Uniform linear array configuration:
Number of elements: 64
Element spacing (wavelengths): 0.5
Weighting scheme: kaiser
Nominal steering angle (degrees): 60
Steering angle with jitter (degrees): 58.869
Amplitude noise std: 0.05
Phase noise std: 0.05

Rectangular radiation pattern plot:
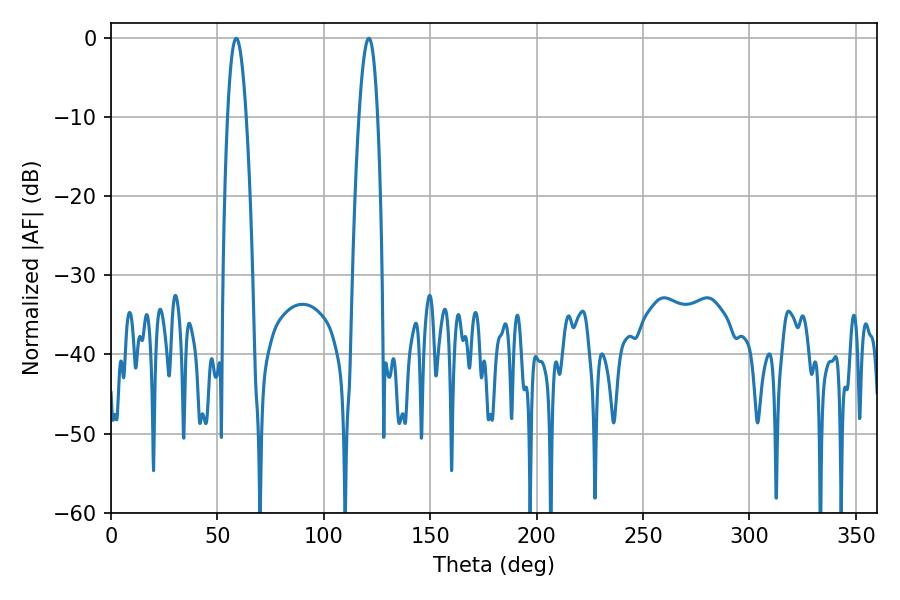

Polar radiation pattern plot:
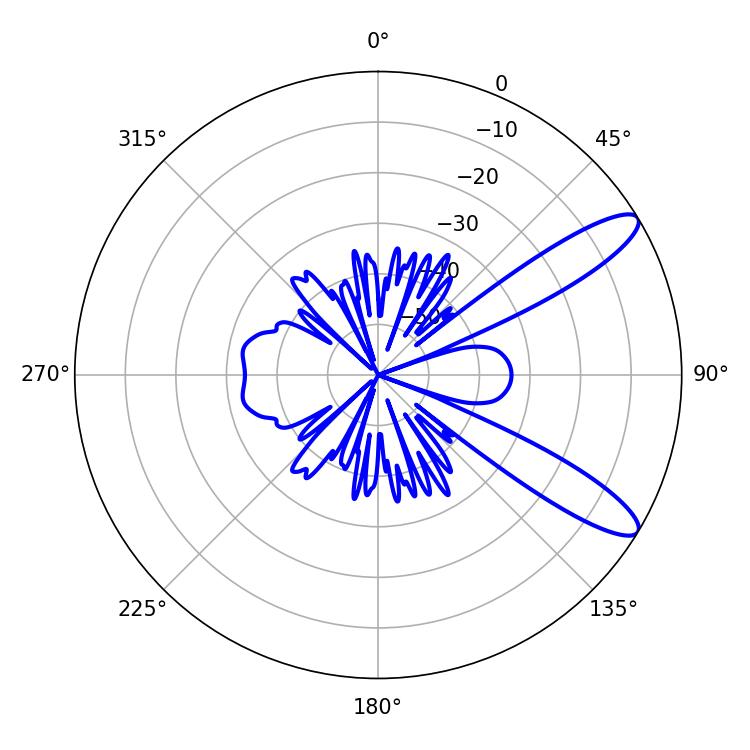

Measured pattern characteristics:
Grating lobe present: FALSE
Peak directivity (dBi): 11.083
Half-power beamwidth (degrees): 4.86
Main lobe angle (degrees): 58.86